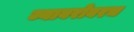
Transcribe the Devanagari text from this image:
ज्याबरोबरच